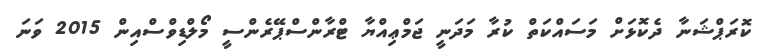
ކޮރަޕްޝަނާ ދެކޮޅަށް މަސައްކަތް ކުރާ މަދަނީ ޖަމްޢިއްޔާ ޓްރާންސްޕޭރެންސީ މޯލްޑިވްސްއިން 2015 ވަނަ